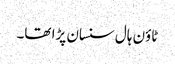
ٹاؤن ہال سنسان پڑا تھا۔